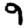
Digit: 9